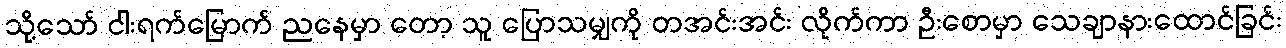
သို့သော် ငါးရက်မြောက် ညနေမှာ တော့ သူ ပြောသမျှကို တအင်းအင်း လိုက်ကာ ဦးစောမှာ သေချာနားထောင်ခြင်း